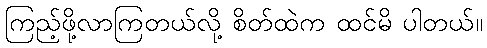
ကြည့်ဖို့လာကြတယ်လို့ စိတ်ထဲက ထင်မိ ပါတယ်။